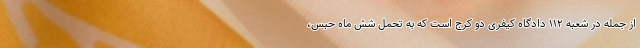
از جمله در شعبه ۱۱۲ دادگاه کیفری دو کرج است که به تحمل شش ماه حبس،